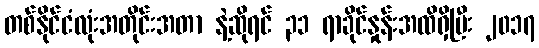
တစ်နိုင်ငံလုံးအတိုင်းအတာ နဲ့ဆိုရင် ၃၁ ရာခိုင်နှုန်းအထိရှိပြီး ၂၀၁၇